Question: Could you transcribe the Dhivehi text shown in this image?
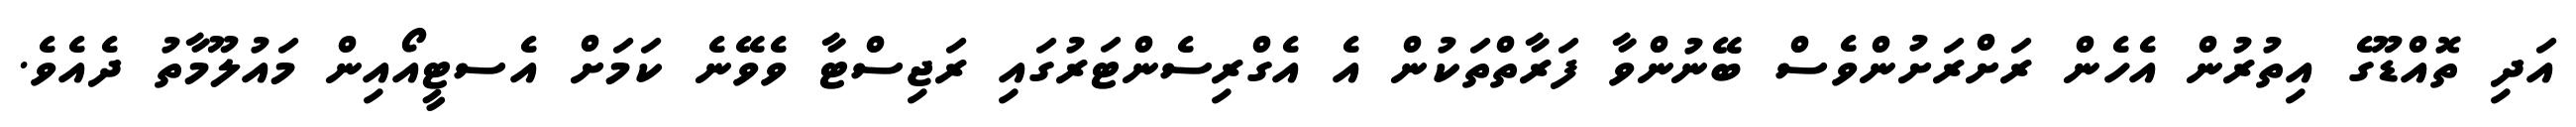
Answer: އަދި ތޮއްޑޫގެ އިތުރުން އެހެން ރަށްރަށުންވެސް ބޭނުންވާ ފަރާތްތަކުން އެ އެގްރިސެންޓަރުގައި ރަޖިސްޓާ ވެވޭނެ ކަމަށް އެސޓީއޯއިން މައުލޫމާތު ދެއެވެ.